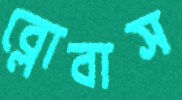
ব্লোবাস